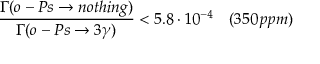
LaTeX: \frac { \Gamma ( o - P s \rightarrow n o t h i n g ) } { \Gamma ( o - P s \rightarrow 3 \gamma ) } < 5 . 8 \cdot 1 0 ^ { - 4 } \quad ( 3 5 0 \, p p m )